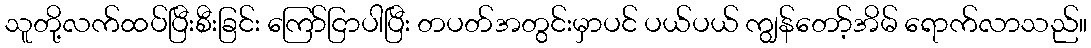
သူတို့လက်ထပ်ပြီးစီးခြင်း ကြော်ငြာပါပြီး တပတ်အတွင်းမှာပင် ပယ်ပယ် ကျွန်တော့်အိမ် ရောက်လာသည်။